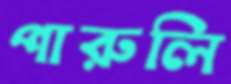
পারুলি